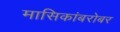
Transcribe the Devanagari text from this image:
मासिकांबरोबर